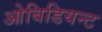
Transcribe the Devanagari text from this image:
ओबिडियन्ट